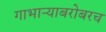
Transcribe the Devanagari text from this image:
गाभाऱ्याबरोबरच